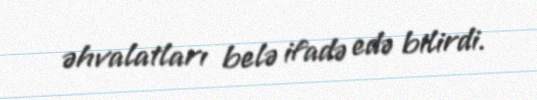
əhvalatları belə ifadə edə bilirdi.